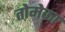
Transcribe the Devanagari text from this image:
तोमेका